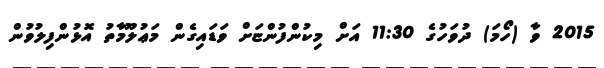
2015 ވާ (ހޯމަ) ދުވަހުގެ 11:30 އަށް މިކުންފުންޏަށް ވަޑައިގެން މަޢުލޫމާތު އޮޅުންފިލުވުން